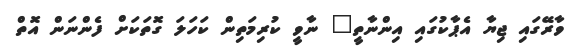
ވާރޭގައި ޖިޔާ އެޕާކުގައި އިންނާތީ" ނާވީ ކުރިމަތިން ކަހަލަ ގޮތަކަށް ފެންނަން އޮތް